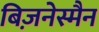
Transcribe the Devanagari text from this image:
बिज़नेस्मैन